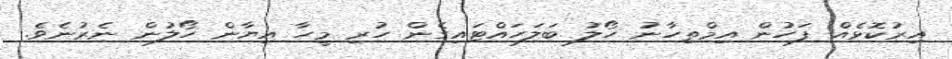
އިރުކޮޅެއް ފަހުން އިމްތިހާނު ހޯލު ބަލަހައްޓައިގެން ހުރި މީހާ އިޔާން ހޯލުން ނެރުނެވެ.